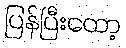
ပြန်ပြီးတော့